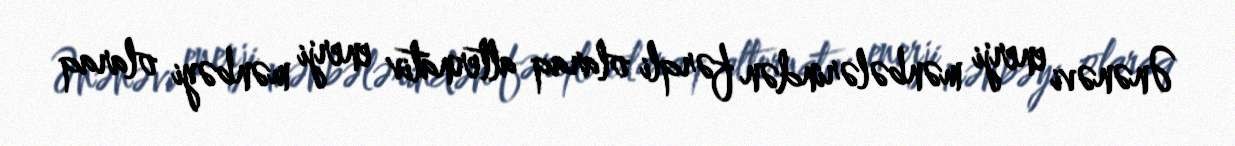
Ənənəvi enerji mənbələrindən fərqli olaraq alternativ enerji mənbəyi olaraq